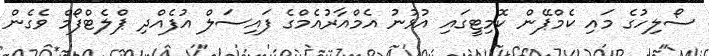
ސޯލިހުގެ މައި ކެމްޕޭން ކޮމިޓީގައި އުޅުނު އެމްއާރުއެމްގެ ފައިސަލް އުފެއްދި ޕްލެޓްފޯމް ވެގެން